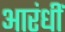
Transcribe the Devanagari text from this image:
आरंधीं